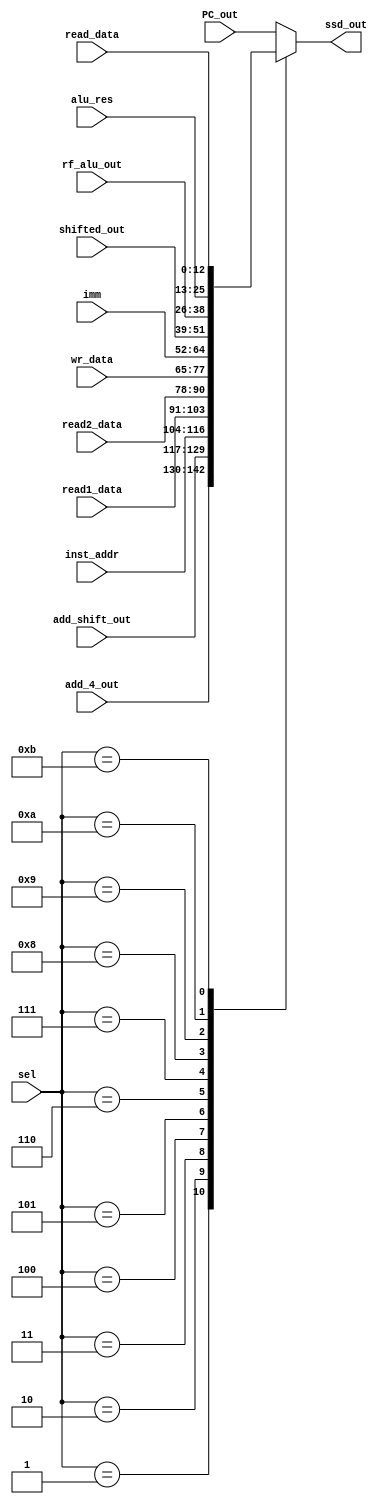
`timescale 1ns / 1ps
//////////////////////////////////////////////////////////////////////////////////
// Company: 
// Engineer: 
// 
// Design Name: 
// Module Name: mux_ssd
// Project Name: 
// Target Devices: 
// Tool Versions: 
// Description: 
// 
// Dependencies: 
// 
// Revision:
// Revision 0.01 - File Created
// Additional Comments:
// 
//////////////////////////////////////////////////////////////////////////////////


module mux_ssd(
input [12:0] PC_out, add_4_out, add_shift_out,inst_addr,read1_data,read2_data,wr_data,
imm,shifted_out,rf_alu_out,alu_res,read_data, input [3:0] sel, output reg[12:0] ssd_out
    );
    
    
       
   always @ (*) begin 
   case(sel)
   4'b0000: 
    ssd_out= PC_out; 
    4'b0001: 
    ssd_out=add_4_out;
    4'b0010: 
    ssd_out=add_shift_out ;
    4'b0011: 
    ssd_out=inst_addr;
    4'b0100: 
    ssd_out=read1_data;
    4'b0101: 
    ssd_out= read2_data; 
    4'b0110: 
    ssd_out=wr_data; 
    4'b0111: 
    ssd_out=imm; 
    4'b1000: 
    ssd_out=shifted_out; 
    4'b1001: 
    ssd_out=rf_alu_out; 
    4'b1010:  
    ssd_out=alu_res; 
    4'b1011: 
    ssd_out=read_data; 
    default: 
    ssd_out=PC_out ;
    
   endcase 
   end 
endmodule